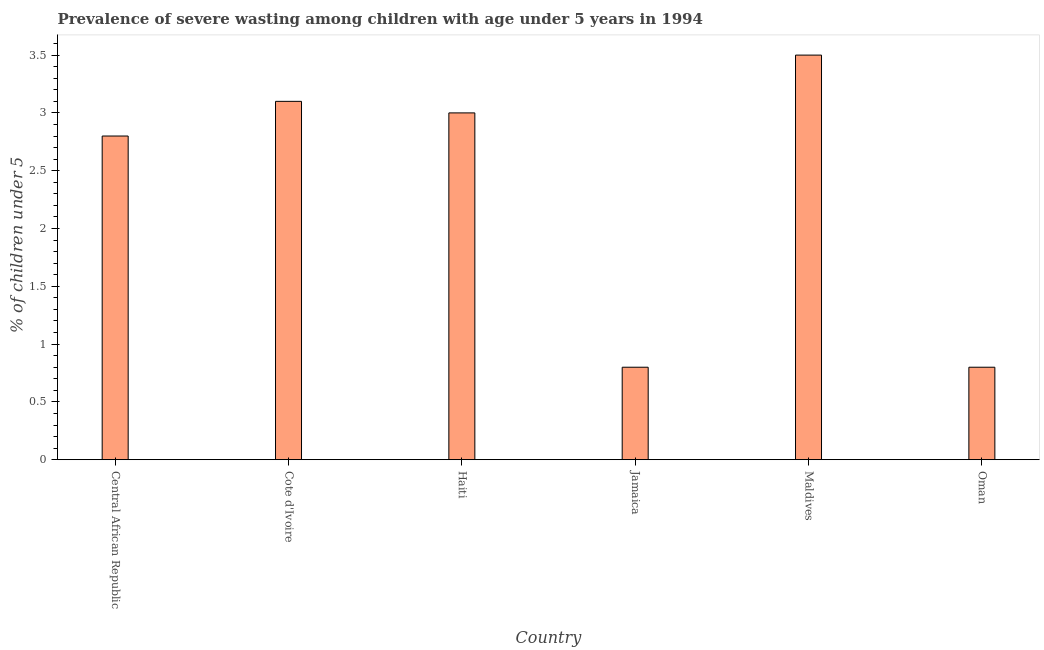
| Country | Prevalence of severe wasting |
 | --- | --- |
 | Central African Republic | 2.8 |
 | Cote d'Ivoire | 3.1 |
 | Haiti | 3 |
 | Jamaica | 0.8 |
 | Maldives | 3.5 |
 | Oman | 0.8 |